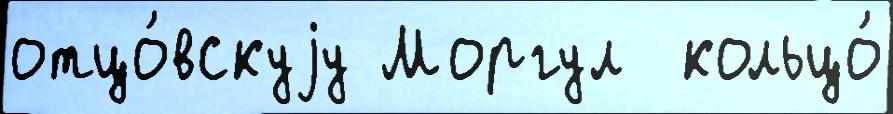
отцо́вскуjу Моргул  кольцо́